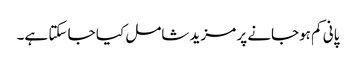
پانی کم ہوجانے پر مزید شامل کیا جا سکتا ہے۔